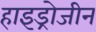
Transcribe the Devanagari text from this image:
हाइड्रोजीन